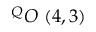
^ { Q } O \ ( 4 , 3 )